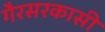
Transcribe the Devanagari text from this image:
गैरसरकासी